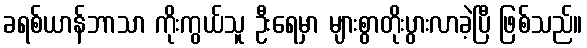
ခရစ်ယာန်ဘာသာ ကိုးကွယ်သူ ဦးရေမှာ များစွာတိုးပွားလာခဲ့ပြီ ဖြစ်သည်။